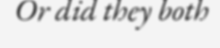
Or did they both